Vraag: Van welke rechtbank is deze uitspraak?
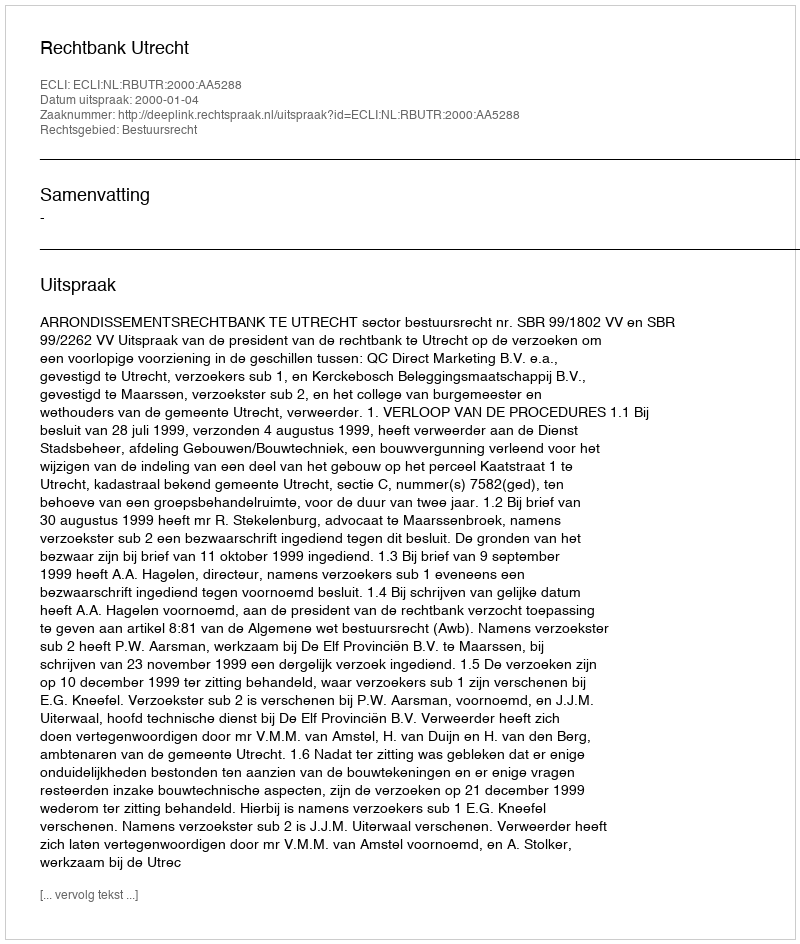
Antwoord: Rechtbank Utrecht